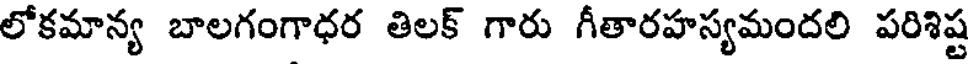
లోకమాన్య బాలగంగాధర తిలక్ గారు గీతారహస్యమందలి పరిశిష్ట